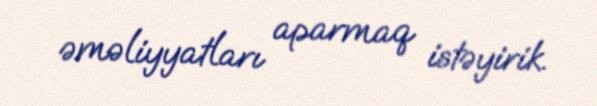
əməliyyatları aparmaq istəyirik.